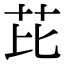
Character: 芘